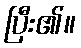
ပြီး၏။